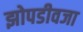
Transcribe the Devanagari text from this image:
झोपडीवजा